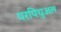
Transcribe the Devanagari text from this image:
परपिचुअल